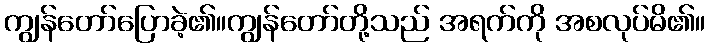
ကျွန်တော်ပြောခဲ့၏။ကျွန်တော်တို့သည် အရက်ကို အစလုပ်မိ၏။